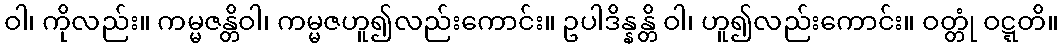
ဝါ၊ ကိုလည်း။ ကမ္မဇန္တိဝါ၊ ကမ္မဇဟူ၍လည်းကောင်း။ ဥပါဒိန္နန္တိ ဝါ၊ ဟူ၍လည်းကောင်း။ ဝတ္တုံ ဝဋ္ဋတိ။